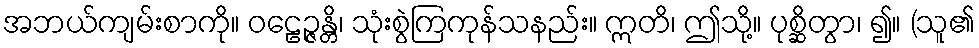
အဘယ်ကျမ်းစာကို။ ဝဠေဉ္ဇန္တိ၊ သုံးစွဲကြကုန်သနည်း။ ဣတိ၊ ဤသို့။ ပုစ္ဆိတွာ၊ ၍။ (သူ၏